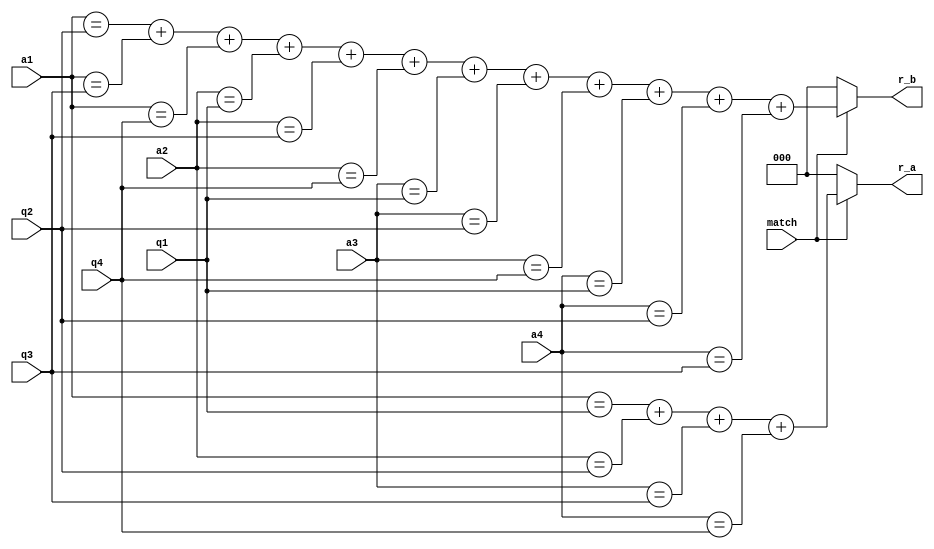
module Match(q1,q2,q3,q4,a1,a2,a3,a4,r_a,r_b,match);

input [3:0] q1,q2,q3,q4,a1,a2,a3,a4;
input match;
output [2:0] r_a,r_b;

reg [2:0] r_a,r_b;

always@(*)
begin
   if(!match)
	   begin
		   r_a=0;
			r_b=0;
		end
	else
	   begin
	   r_a=0;
      r_b=0;	
		r_a=(a1==q1)+(a2==q2)+(a3==q3)+(a4==q4);
		r_b=(a1==q2)+(a1==q3)+(a1==q4)
			  +(a2==q1)+(a2==q3)+(a2==q4)
			  +(a3==q1)+(a3==q2)+(a3==q4)
			  +(a4==q1)+(a4==q2)+(a4==q3);
		end
end
endmodule